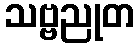
သဗ္ဗညုတ